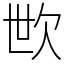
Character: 㰥